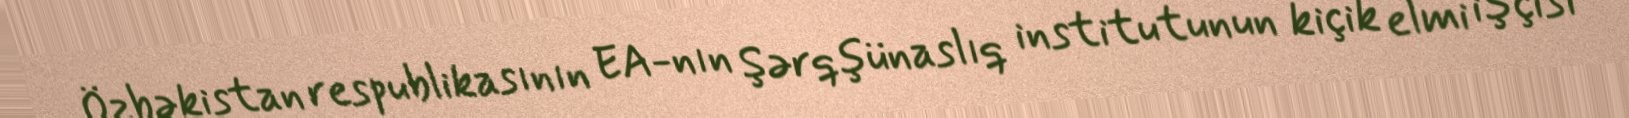
Özbəkistan respublikasının EA-nın Şərqşünaslıq institutunun kiçik elmi işçisi